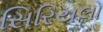
સિરિયલો